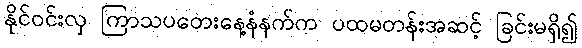
နိုင်ဝင်းလှ ကြာသပတေးနေ့နံနက်က ပထမတန်းအဆင့် ခြင်းမရှိ၍